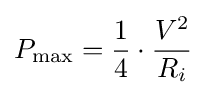
P_{\text{max}}={\frac {1}{4}}\cdot {\frac {V^{2}}{R_{i}}}